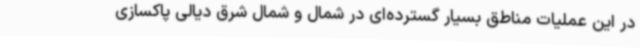
در این عملیات مناطق بسیار گسترده‌ای در شمال و شمال شرق دیالی پاکسازی